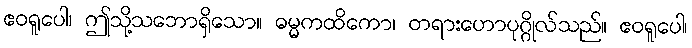
ဧဝရူပေါ၊ ဤသို့သဘောရှိသော။ ဓမ္မကထိကော၊ တရားဟောပုဂ္ဂိုလ်သည်။ ဧဝရူပေါ၊